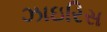
ઝાઇરિસ